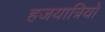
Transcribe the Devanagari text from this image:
हजयात्रियों